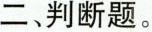
二、判断题。